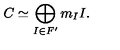
C \simeq \bigoplus _ { I \in F ^ { \prime } } m _ { I } I .